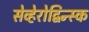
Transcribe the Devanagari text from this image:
सेव्हेरोद्विन्स्क